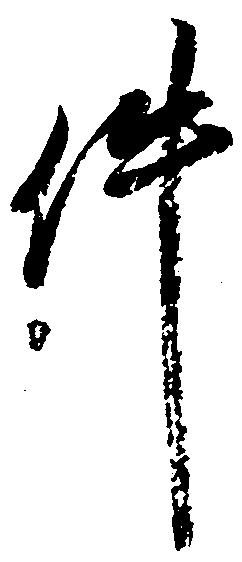
件